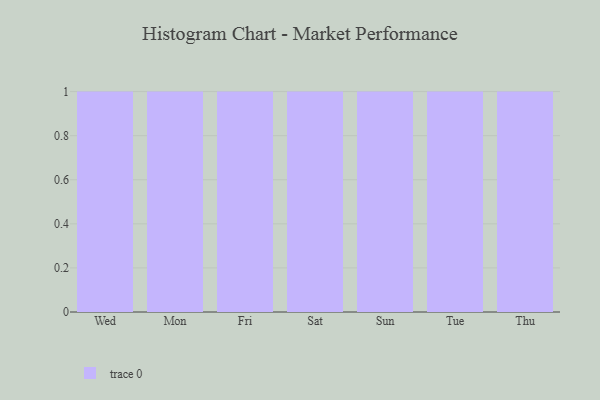
{"axis": {"x": "Day", "y": "Population (Million)"}, "legend": [""], "data": [{"x": "Wed", "y": 22, "type": ""}, {"x": "Mon", "y": 22, "type": ""}, {"x": "Fri", "y": 14, "type": ""}, {"x": "Sat", "y": 69, "type": ""}, {"x": "Sun", "y": 94, "type": ""}, {"x": "Tue", "y": 86, "type": ""}, {"x": "Thu", "y": 78, "type": ""}]}